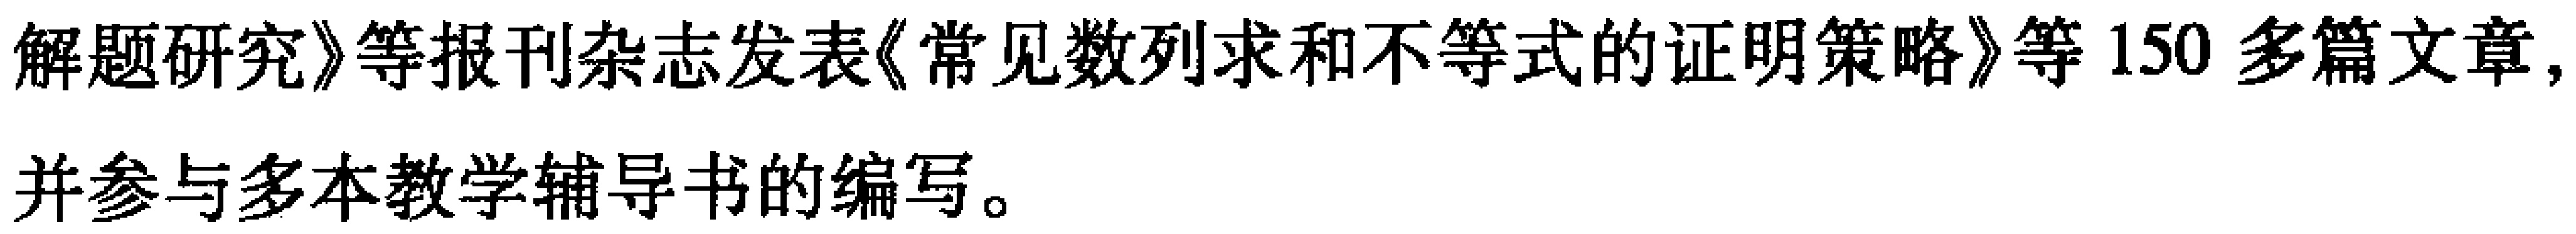
《解题研究》等报刊杂志发表《常见数列求和不等式的证明策略》等150多篇文章,并参与多本教学辅导书的编写。